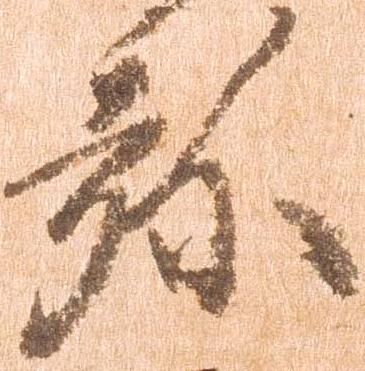
弥